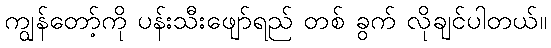
ကျွန်တော့်ကို ပန်းသီးဖျော်ရည် တစ် ခွက် လိုချင်ပါတယ်။